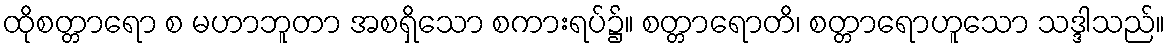
ထိုစတ္တာရော စ မဟာဘူတာ အစရှိသော စကားရပ်၌။ စတ္တာရောတိ၊ စတ္တာရောဟူသော သဒ္ဒါသည်။